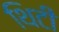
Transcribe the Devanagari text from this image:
थिटी